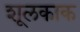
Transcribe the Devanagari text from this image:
शूलकाक